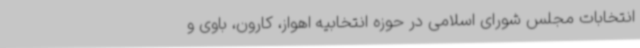
انتخابات مجلس شورای اسلامی در حوزه‌ انتخابیه اهواز، کارون، باوی و